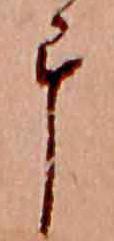
畢